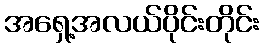
အရှေ့အလယ်ပိုင်းတိုင်း